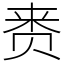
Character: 赉